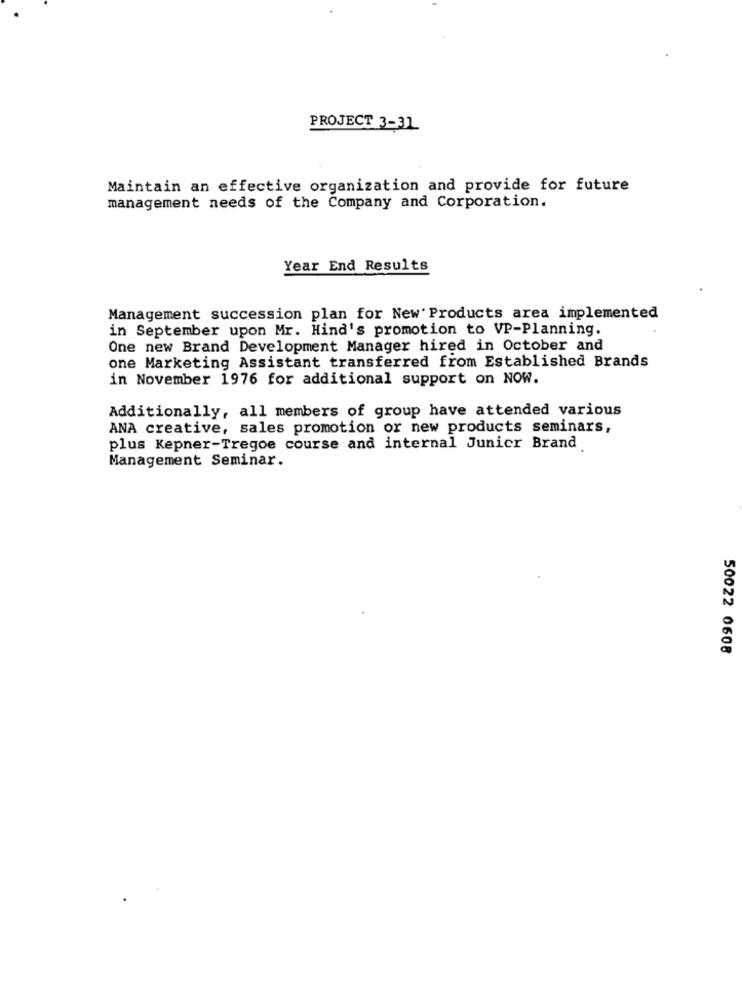
PROJECT 3-31
Maintain an effective organization and provide for future
management needs of the Company and Corporation.
Year End Results
Management succession plan for New Products area implemented
in September upon Mr. Hind's promotion to VP-Planning.
One new Brand Development Manager hired in October and
one Marketing Assistant transferred from Established Brands
in November 1976 for additional support on NOW.
Additionally, all members of group have attended various
ANA creative, sales promotion or new products seminars,
plus Kepner-Tregoe course and internal Junicr Brand
Management Seminar.
50022 0608